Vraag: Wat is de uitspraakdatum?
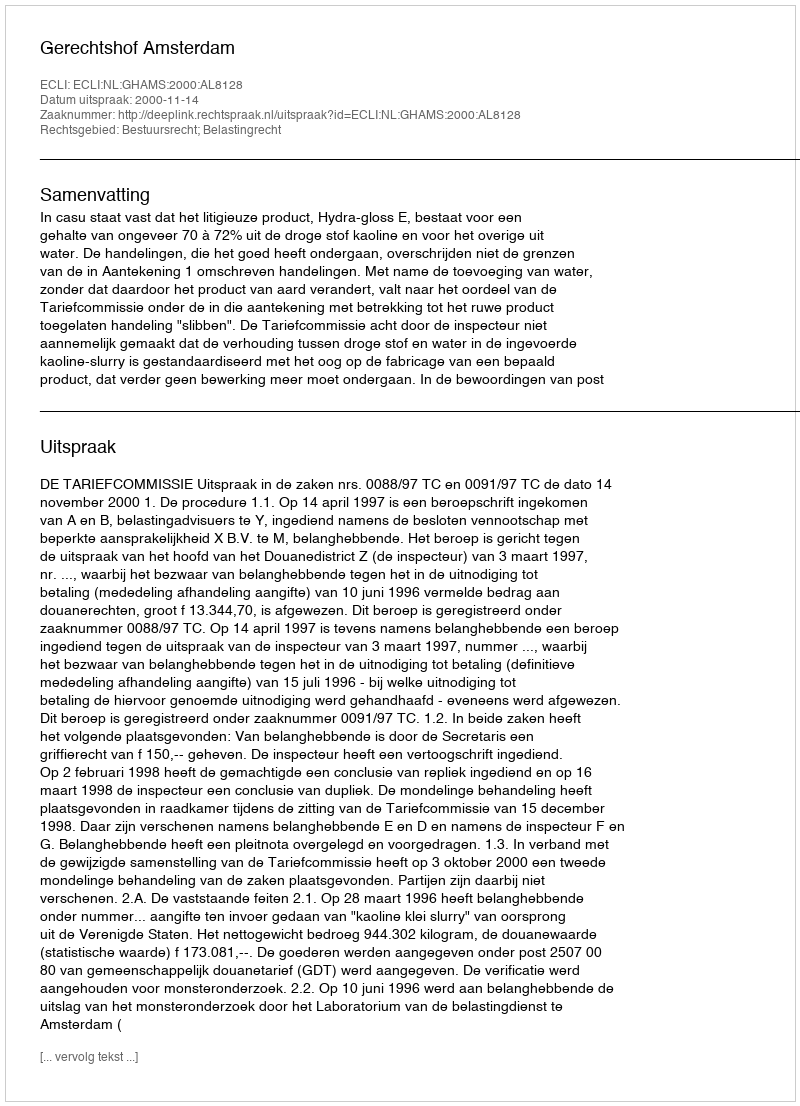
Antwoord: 2000-11-14